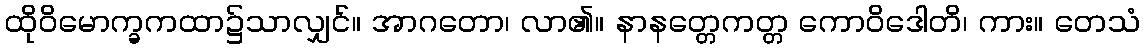
ထိုဝိမောက္ခကထာ၌သာလျှင်။ အာဂတော၊ လာ၏။ နာနတ္တေကတ္တ ကောဝိဒေါတိ၊ ကား။ တေသံ